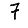
Digit: 7